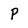
Character: p